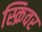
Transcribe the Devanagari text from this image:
स्क्रिवर